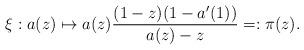
LaTeX: \begin{align*}\xi:a(z)\mapsto a(z)\frac{(1-z)(1-a'(1))}{a(z)-z}=:\pi(z).\end{align*}